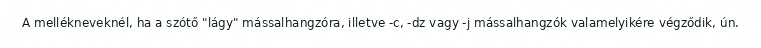
A mellékneveknél, ha a szótő "lágy" mássalhangzóra, illetve -c, -dz vagy -j mássalhangzók valamelyikére végződik, ún.